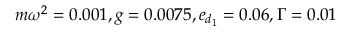
m \omega ^ { 2 } = 0 . 0 0 1 , g = 0 . 0 0 7 5 , e _ { d _ { 1 } } = 0 . 0 6 , \Gamma = 0 . 0 1